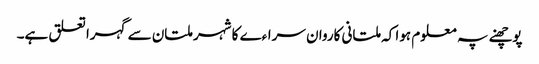
پوچھنے پہ معلوم ہوا کہ ملتانی کاروان سراءے کا شہر ملتان سے گہرا تعلق ہے۔